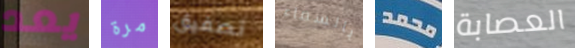
يعد مرة تصفيق بالسماء محمد العصابة